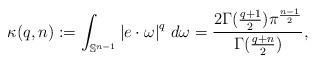
LaTeX: \begin{align*}\kappa(q,n):=\int_{\mathbb{S}^{n-1}}\left|e\cdot\omega\right|^q\,d\omega=\frac{2\Gamma(\frac{q+1}{2})\pi^{\frac{n-1}{2}}}{\Gamma(\frac{q+n}{2})},\end{align*}